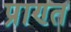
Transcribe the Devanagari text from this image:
प्राण्त